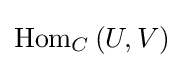
\operatorname {Hom} _{C}\left(U,V\right)